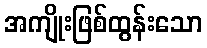
အကျိုးဖြစ်ထွန်းသော